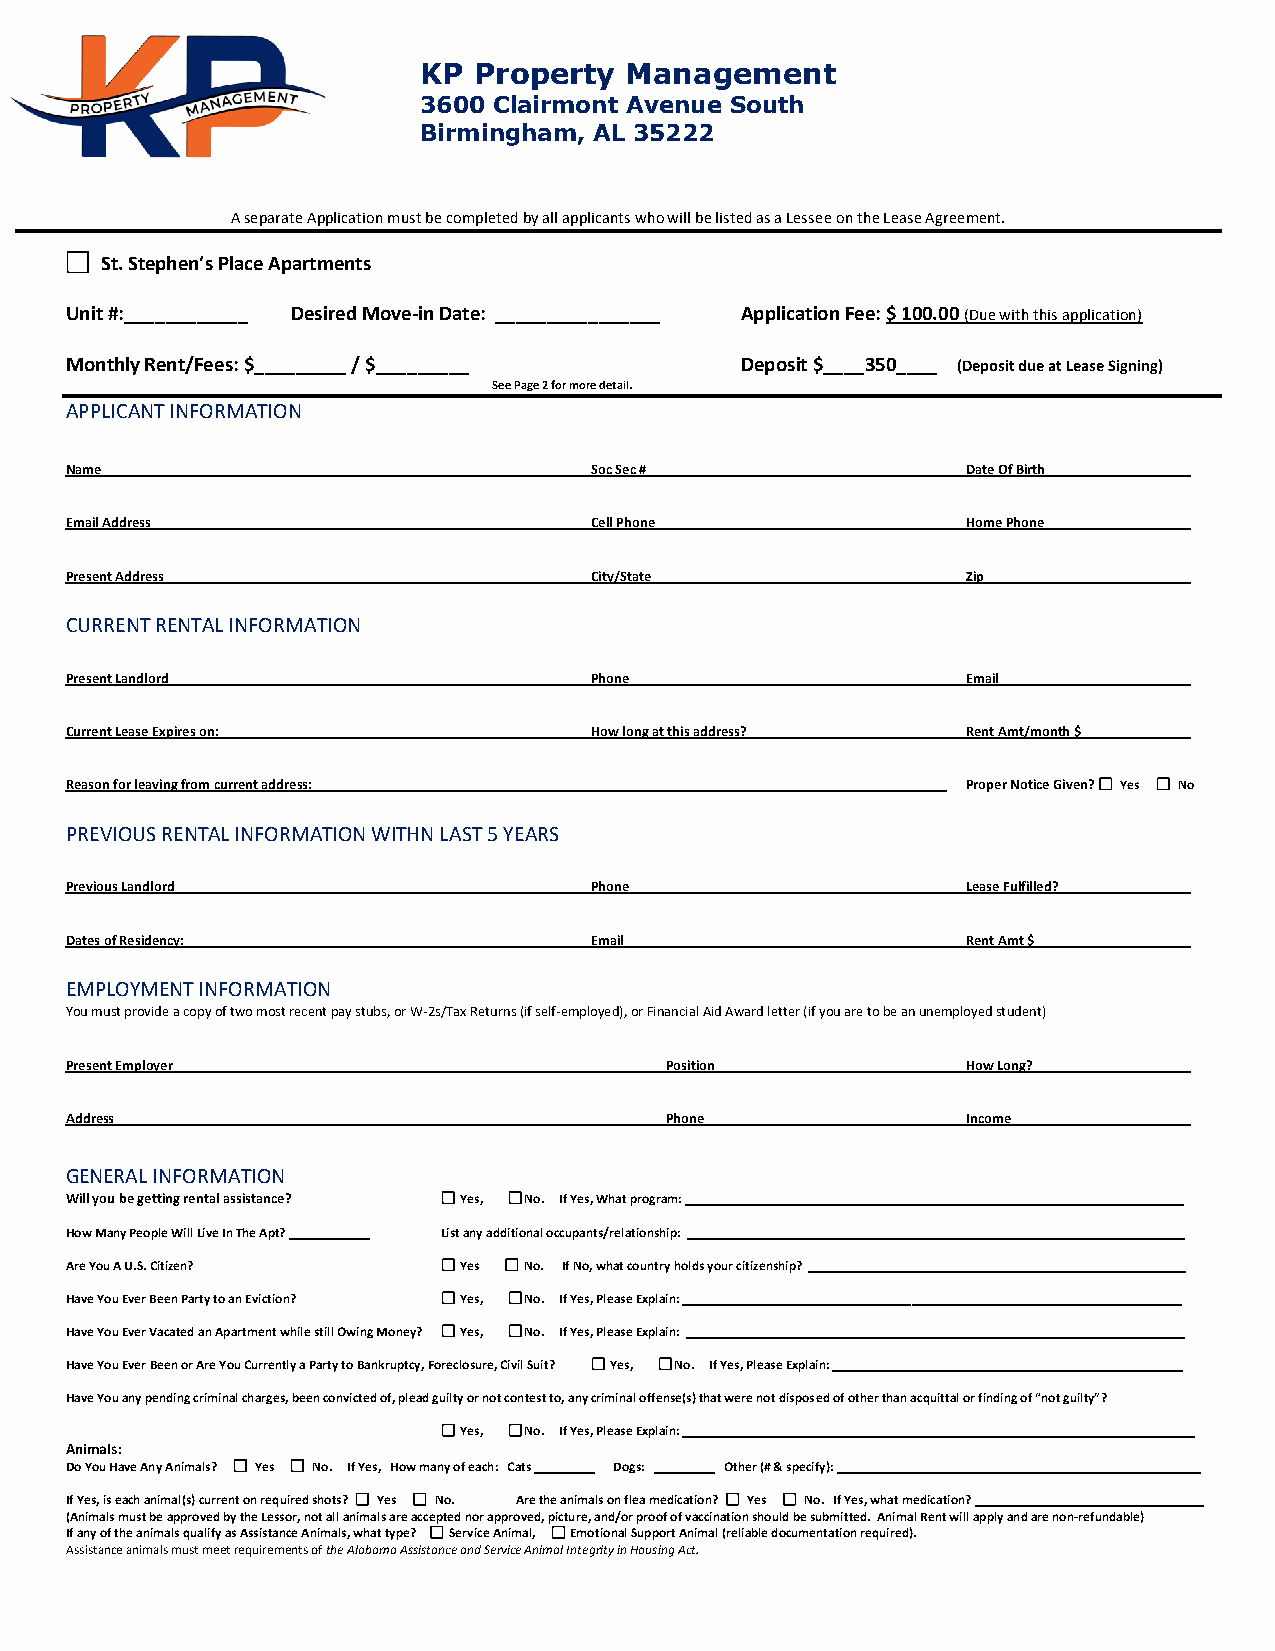
KP Property  Management
 3600 Clairmont Avenue South
 Birmingham, AL 35222
 A separate Application must be completed by all applicants who will be listed as a Lessee on the Lease Agreement.
 St. Stephen’s Place Apartments
 Unit #:____________ Desired Move-in Date: ________________ Application Fee: $ 100.00 (Due with this application)
 Monthly Rent/Fees: $_________ / $_________   Deposit $____350____ (Deposit due at Lease Signing)
 See Page 2 for more detail.
 APPLICANT INFORMATION
 Name                               Soc Sec #                Date Of Birth
 Email Address                      Cell Phone               Home Phone
 Present Address                    City/State               Zip
 CURRENT RENTAL INFORMATION
 Present Landlord                   Phone                    Email
 Current Lease Expires on:          How long at this address? Rent Amt/month $
 Reason for leaving from current address:                    Proper Notice Given? Yes No
 PREVIOUS RENTAL INFORMATION WITHN LAST 5 YEARS
 Previous Landlord                  Phone                    Lease Fulfilled?
 Dates of Residency:                Email                    Rent Amt $
 EMPLOYMENT INFORMATION
 You must provide a copy of two most recent pay stubs, or W-2s/Tax Returns (if self-employed), or Financial Aid Award letter (if you are to be an unemployed student)
 Present Employer                        Position            How Long?
 Address                                 Phone               Income
 GENERAL INFORMATION
 Will you be getting rental assistance? Yes, No. If Yes, What program: __________________________________________________________________________
 How Many People Will Live In The Apt? ____________ List any additional occupants/relationship: __________________________________________________________________________
 Are You A U.S. Citizen?   Yes  No. If No, what country holds your citizenship? ________________________________________________________
 Have You Ever Been Party to an Eviction? Yes, No. If Yes, Please Explain: __________________________________________________________________________
 Have You Ever Vacated an Apartment while still Owing Money? Yes, No. If Yes, Please Explain: __________________________________________________________________________
 Have You Ever Been or Are You Currently a Party to Bankruptcy, Foreclosure, Civil Suit? Yes, No. If Yes, Please Explain: ____________________________________________________
 Have You any pending criminal charges, been convicted of, plead guilty or not contest to, any criminal offense(s) that were not disposed of other than acquittal or finding of “not guilty”?
 Yes, No. If Yes, Please Explain: ____________________________________________________________________________
 Animals:
 Do You Have Any Animals? Yes No. If Yes, How many of each: Cats _________ Dogs: _________ Other (# & specify): ______________________________________________________
 If Yes, is each animal(s) current on required shots? Yes No. Are the animals on flea medication? Yes No. If Yes, what medication? __________________________________
 (Animals must be approved by the Lessor, not all animals are accepted nor approved, picture, and/or proof of vaccination should be submitted. Animal Rent will apply and are non-refundable)
 If any of the animals qualify as Assistance Animals, what type? Service Animal, Emotional Support Animal (reliable documentation required).
 Assistance animals must meet requirements of the Alabama Assistance and Service Animal Integrity in Housing Act.